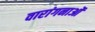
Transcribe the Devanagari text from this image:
वारांगनाओं